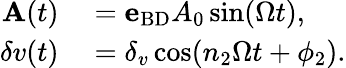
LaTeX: \begin{array}{rl}{{\mathbf A}(t)}&{{}={\mathbf e}_{\mathrm{BD}}A_{0}\sin(\Omega t),}\\ {\delta v(t)}&{{}=\delta_{v}\cos(n_{2}\Omega t+\phi_{2}).}\end{array}